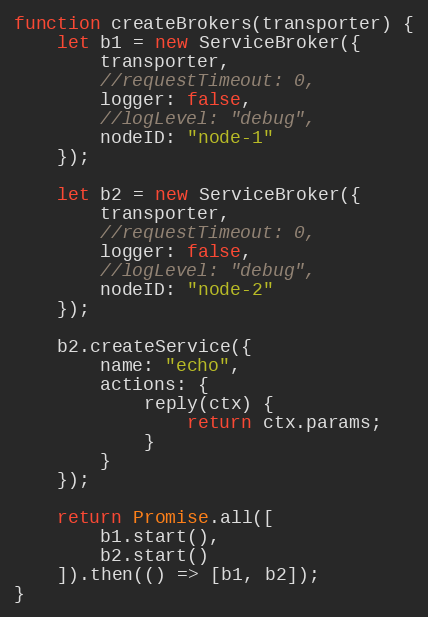
Language: JavaScript
function createBrokers(transporter) {
	let b1 = new ServiceBroker({
		transporter,
		//requestTimeout: 0,
		logger: false,
		//logLevel: "debug",
		nodeID: "node-1"
	});

	let b2 = new ServiceBroker({
		transporter,
		//requestTimeout: 0,
		logger: false,
		//logLevel: "debug",
		nodeID: "node-2"
	});

	b2.createService({
		name: "echo",
		actions: {
			reply(ctx) {
				return ctx.params;
			}
		}
	});

	return Promise.all([
		b1.start(),
		b2.start()
	]).then(() => [b1, b2]);
}